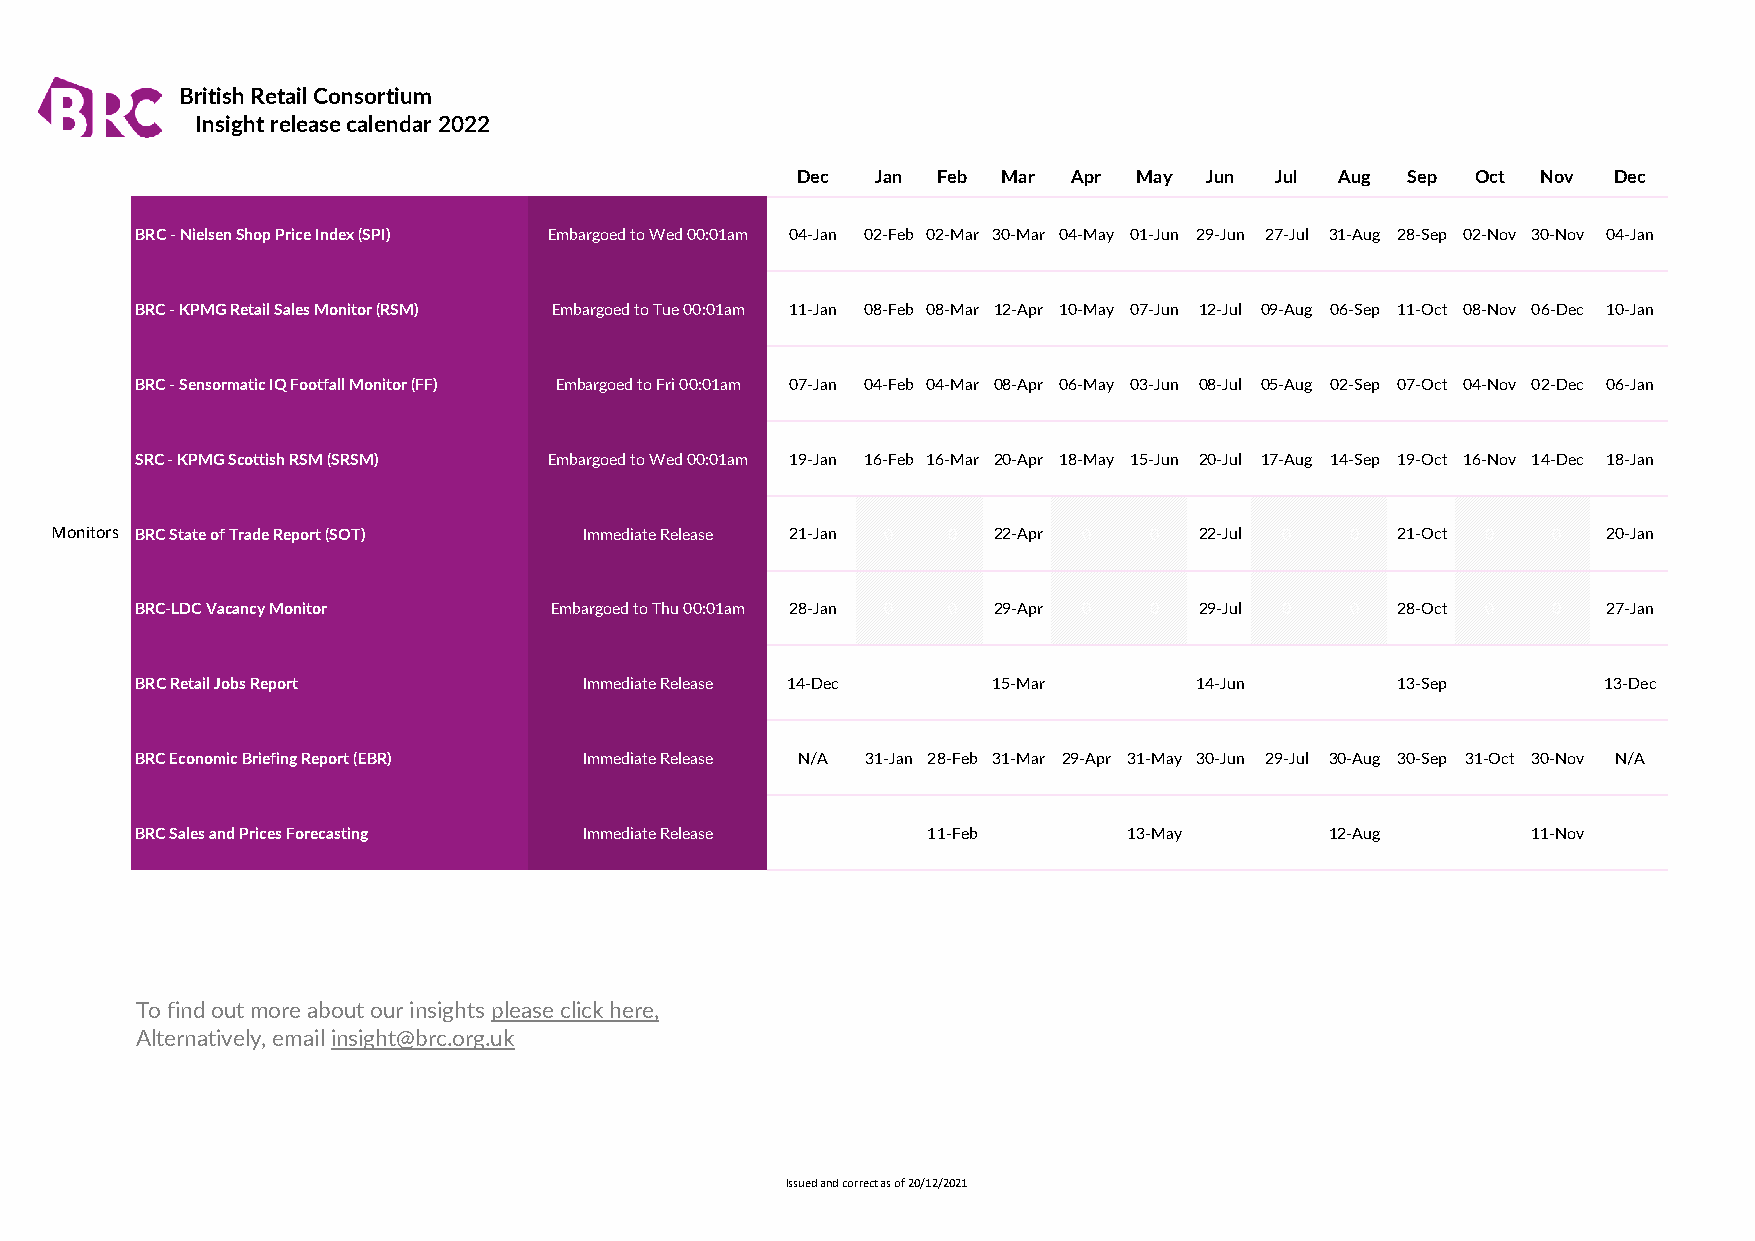
British Retail Consortium
 Insight release calendar 2022
 Dec  Jan Feb Mar  Apr May  Jun Jul  Aug Sep  Oct Nov  Dec
 BRC - Nielsen Shop Price Index (SPI) Embargoed to Wed 00:01am 04-Jan 02-Feb 02-Mar 30-Mar 04-May 01-Jun 29-Jun 27-Jul 31-Aug 28-Sep 02-Nov 30-Nov 04-Jan
 BRC - KPMG Retail Sales Monitor (RSM) Embargoed to Tue 00:01am 11-Jan 08-Feb 08-Mar 12-Apr 10-May 07-Jun 12-Jul 09-Aug 06-Sep 11-Oct 08-Nov 06-Dec 10-Jan
 BRC - Sensormatic IQ Footfall Monitor (FF) Embargoed to Fri 00:01am 07-Jan 04-Feb 04-Mar 08-Apr 06-May 03-Jun 08-Jul 05-Aug 02-Sep 07-Oct 04-Nov 02-Dec 06-Jan
 SRC - KPMG Scottish RSM (SRSM) Embargoed to Wed 00:01am 19-Jan 16-Feb 16-Mar 20-Apr 18-May 15-Jun 20-Jul 17-Aug 14-Sep 19-Oct 16-Nov 14-Dec 18-Jan
 Monitors BRC State of Trade Report (SOT) Immediate Release 21-Jan 0 0 22-Apr 0 0 22-Jul 0 0 21-Oct 0 0 20-Jan
 BRC-LDC Vacancy Monitor    Embargoed to Thu 00:01am 28-Jan 0 0 29-Apr 0 0 29-Jul 0 0 28-Oct 0 0  27-Jan
 BRC Retail Jobs Report        Immediate Release 14-Dec 44223 44258 15-Mar 14-Jun   13-Sep        13-Dec
 BRC Economic Briefing Report (EBR) Immediate Release N/A 31-Jan 28-Feb 31-Mar 29-Apr 31-May 30-Jun 29-Jul 30-Aug 30-Sep 31-Oct 30-Nov N/A
 BRC Sales and Prices Forecasting Immediate Release  11-Feb        13-May       12-Aug       11-Nov
 To find out more about our insights please click here,
 Alternatively, email insight@brc.org.uk
 Issued and correct as of 20/12/2021